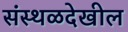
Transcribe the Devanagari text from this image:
संस्थळदेखील